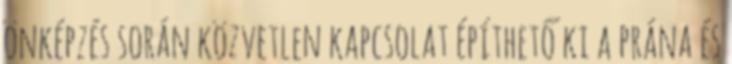
önképzés során közvetlen kapcsolat építhető ki a prána és